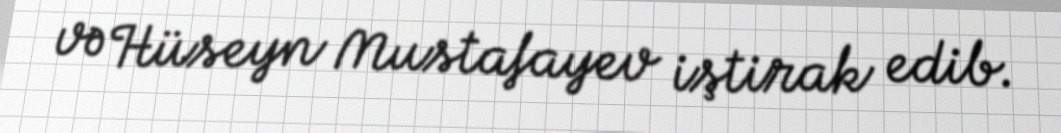
və Hüseyn Mustafayev iştirak edib.